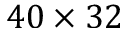
4 0 \times 3 2